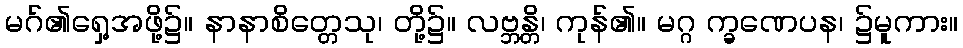
မဂ်၏ရှေ့အဖို့၌။ နာနာစိတ္တေသု၊ တို့၌။ လဗ္ဘန္တိ၊ ကုန်၏။ မဂ္ဂ က္ခဏေပန၊ ၌မူကား။